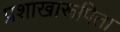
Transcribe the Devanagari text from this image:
प्रशाखारूपिता